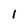
Character: 1